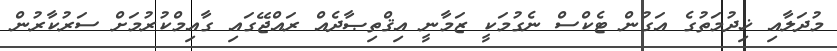
މުދަލާއި ޚިދުމަތުގެ އަގުން ޓެކްސް ނެގުމަކީ ޒަމާނީ އިޤްތިޞާދެއް ރައްޖޭގައި ގާއިމްކުރުމަށް ސަރުކާރުން